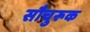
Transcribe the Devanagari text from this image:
सौचुरूक